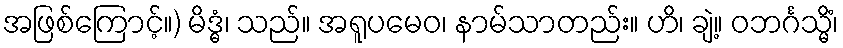
အဖြစ်ကြောင့်။) မိဒ္ဓံ၊ သည်။ အရူပမေဝ၊ နာမ်သာတည်း။ ဟိ၊ ချဲ့။ ဝဘင်္ဂသ္မိံ၊